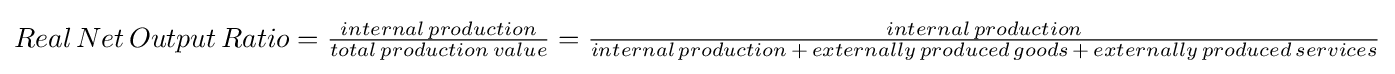
\textstyle Real\,Net\,Output\,Ratio={\frac {internal\,production}{total\,production\,value}}={\frac {internal\,production}{internal\,production\,+\,externally\,produced\,goods\,+\,externally\,produced\,services}}